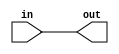
module coreir_orr #(
    parameter width = 1
) (
    input [width-1:0] in,
    output out
);
  assign out = |in;
endmodule

module Or4xNone (
    input I0,
    input I1,
    input I2,
    input I3,
    output O
);
wire orr_inst0_out;
wire [3:0] orr_inst0_in;
assign orr_inst0_in = {I3,I2,I1,I0};
coreir_orr #(
    .width(4)
) orr_inst0 (
    .in(orr_inst0_in),
    .out(orr_inst0_out)
);
assign O = orr_inst0_out;
endmodule

module Encoder8 (
    input [7:0] I,
    output [2:0] O
);
wire Or4xNone_inst0_O;
wire Or4xNone_inst1_O;
wire Or4xNone_inst2_O;
Or4xNone Or4xNone_inst0 (
    .I0(I[1]),
    .I1(I[3]),
    .I2(I[5]),
    .I3(I[7]),
    .O(Or4xNone_inst0_O)
);
Or4xNone Or4xNone_inst1 (
    .I0(I[2]),
    .I1(I[3]),
    .I2(I[6]),
    .I3(I[7]),
    .O(Or4xNone_inst1_O)
);
Or4xNone Or4xNone_inst2 (
    .I0(I[4]),
    .I1(I[5]),
    .I2(I[6]),
    .I3(I[7]),
    .O(Or4xNone_inst2_O)
);
assign O = {Or4xNone_inst2_O,Or4xNone_inst1_O,Or4xNone_inst0_O};
endmodule